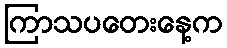
ကြာသပတေးနေ့က